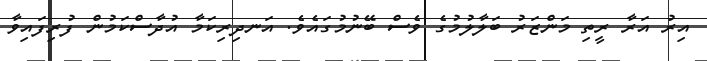
އިރު އަރާ ރީތި މަންޒަރު ބަލާލުމުގެ ވެސް ބޭނުމުގައެވެ. އަނދިރިކަމާ އުދާސްކަމުން ފުރިފައިވާ